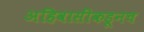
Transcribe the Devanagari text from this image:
अहिवासींकडूनच